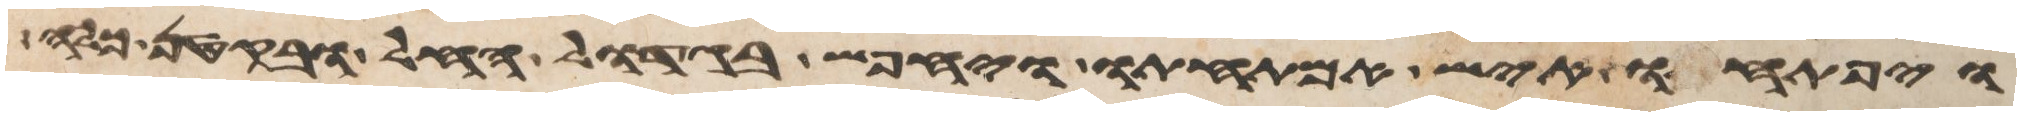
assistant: ויפתחו איש אמתחתו ויחפש בגדול החל ובקטן כלה